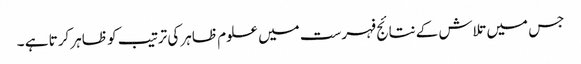
جس میں تلاش کے نتائج فہرست میں علوم ظاہر کی ترتیب کو ظاہر کرتا ہے ۔